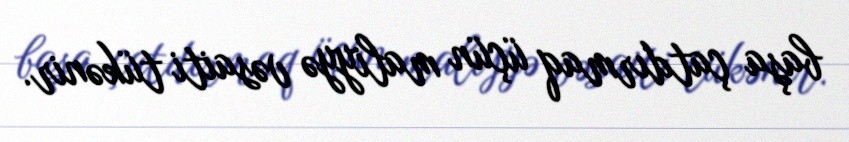
başa çatdırmaq üçün maliyyə vəsaiti tükənir.